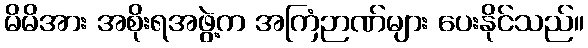
မိမိအား အစိုးရအဖွဲ့က အကြံဉာဏ်များ ပေးနိုင်သည်။